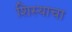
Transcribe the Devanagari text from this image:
शिस्याचा